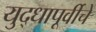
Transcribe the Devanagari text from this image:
युद्धापूर्वीचे